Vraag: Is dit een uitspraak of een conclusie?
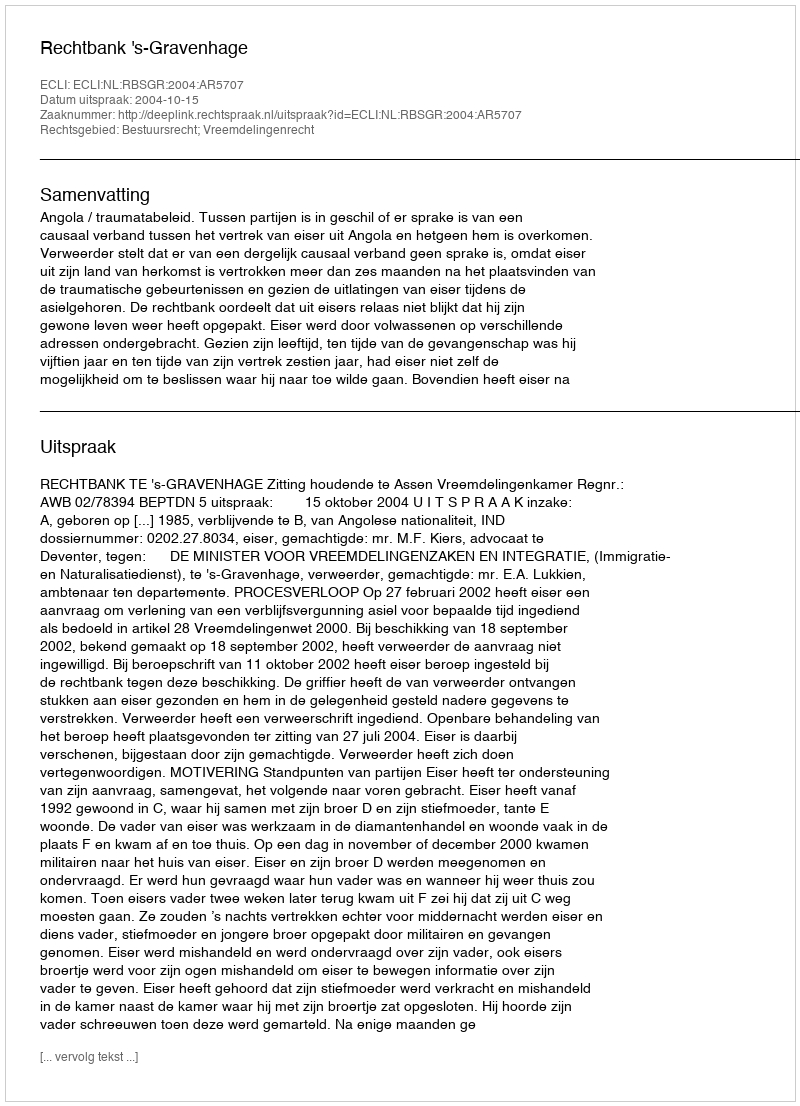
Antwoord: Uitspraak